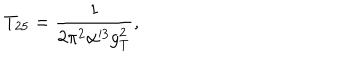
T _ { 2 5 } = \frac { 1 } { 2 \pi ^ { 2 } \alpha ^ { 3 } g _ { T } ^ { 2 } } ,